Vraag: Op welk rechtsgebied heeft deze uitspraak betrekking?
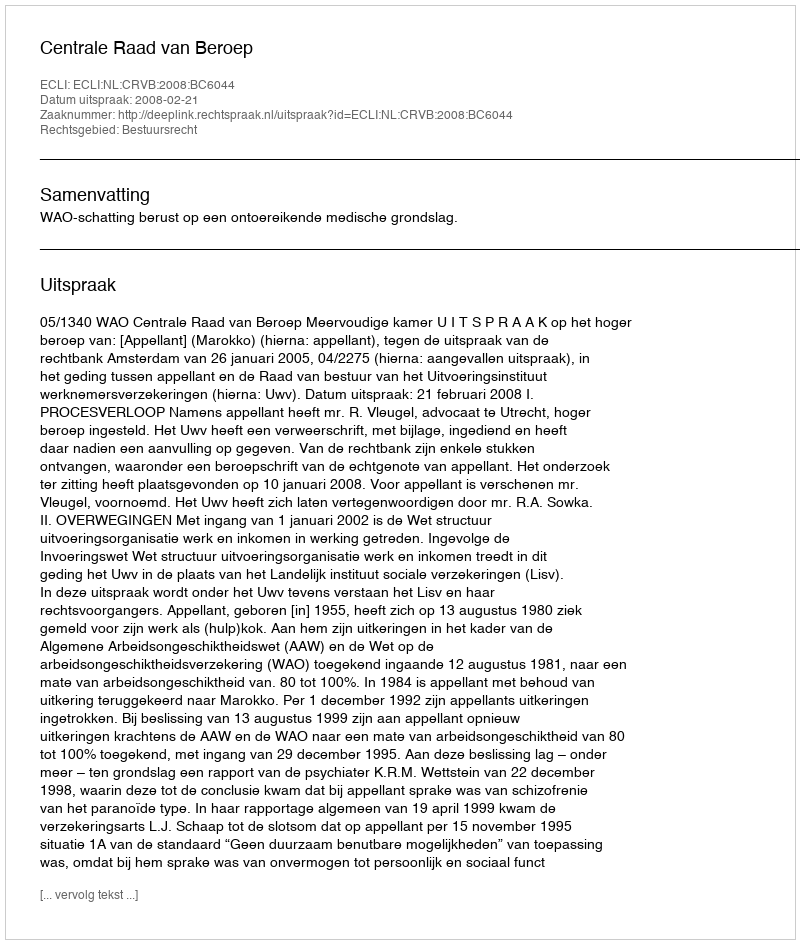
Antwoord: Bestuursrecht